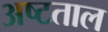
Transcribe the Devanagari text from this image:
अष्टताल